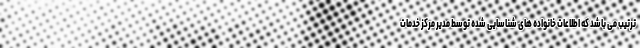
ترتیب می باشد که اطلاعات خانواده های شناسایی شده توسط مدیر مرکز خدمات